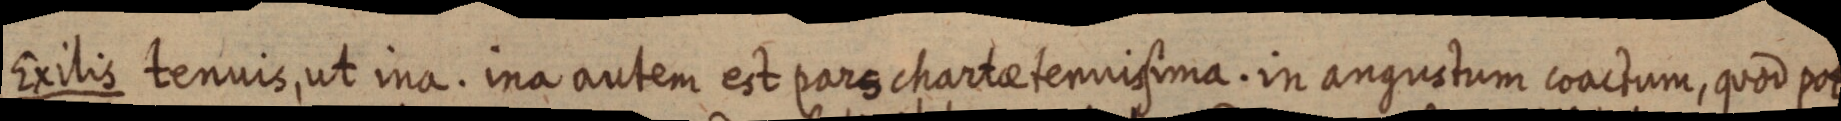
Exilis tenuis, ut ina. ina autem est pars chartae tennisima. in angustum coactum, quod pot